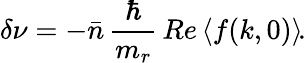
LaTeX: \delta\nu=-\bar{n}\, \frac{\hbar}{m_{r}}\, Re\left\langle f(k,0)\right\rangle\! .